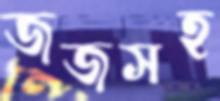
জজসহ